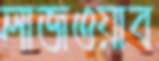
লাজওয়াব